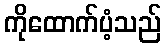
ကိုထောက်ပံ့သည်